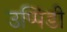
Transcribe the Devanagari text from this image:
उप्पिंडी